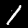
Label: 1